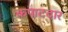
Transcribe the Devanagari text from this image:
कपाटदार